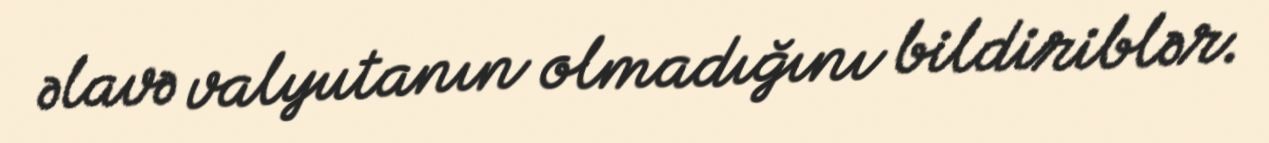
əlavə valyutanın olmadığını bildiriblər.